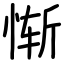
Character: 惭